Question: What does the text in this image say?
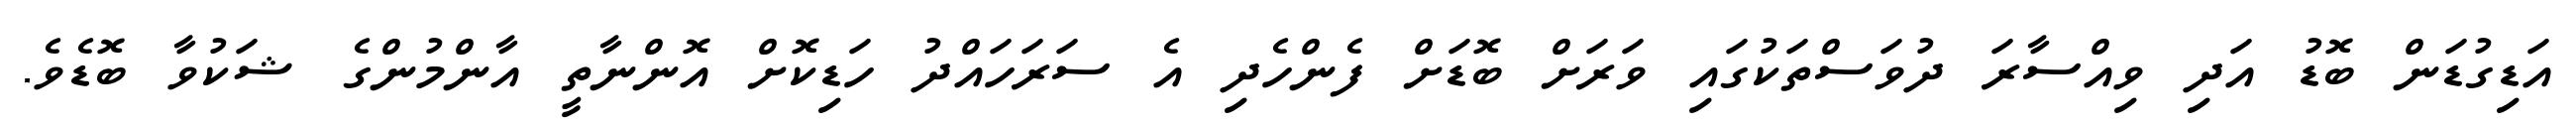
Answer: އަޑިގުޑަން ބޮޑު އަދި ވިއްސާރަ ދުވަސްތަކުގައި ވަރަށް ބޮޑަށް ފެންހެދި އެ ސަރަހައްދު ހަޑިކޮށް އޮންނާތީ އާންމުންގެ ޝަކުވާ ބޮޑެވެ.